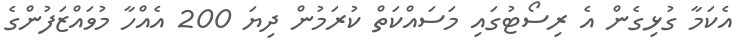
އެކަމާ ގުޅިގެން އެ ރިސޯޓުގައި މަސައްކަތް ކުރަމުން ދިޔަ 200 އެއްހާ މުވައްޒަފުންގެ